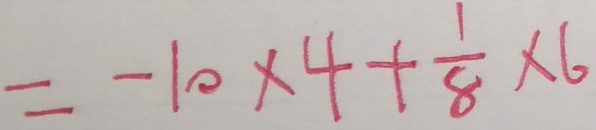
= - 1 0 \times 4 + \frac { 1 } { 8 } \times 6